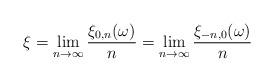
\begin{align*}\xi = \lim_{n\to\infty} \frac{\xi_{0,n}(\omega)} n = \lim_{n\to \infty} \frac{\xi_{-n,0}(\omega)} n \end{align*}